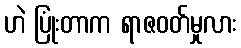
ဟဲ ပြုံးတာက ရာဇဝတ်မှုလား